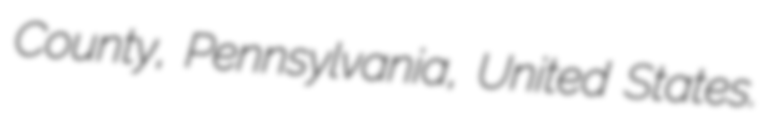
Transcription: County, Pennsylvania, United States.